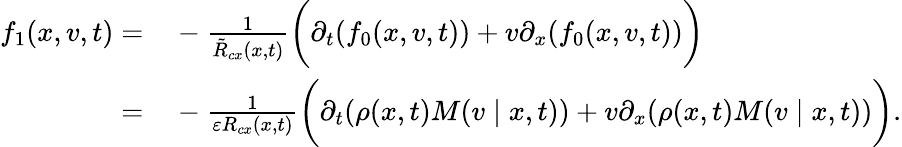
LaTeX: \begin{array}{rl}{f_{1}(x,v,t)=}&{{}-\frac{1}{\tilde{R}_{cx}(x,t)}\bigg(\partial_{t}(f_{0}(x,v,t))+v\partial_{x}(f_{0}(x,v,t))\bigg)}\\ {=}&{{}-\frac{1}{\varepsilon R_{cx}(x,t)}\bigg(\partial_{t}(\rho(x,t)M(v\mid x,t))+v\partial_{x}(\rho(x,t)M(v\mid x,t))\bigg).}\end{array}